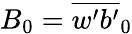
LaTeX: B_{0}=\overline{{w^{\prime}b^{\prime}}}_{0}